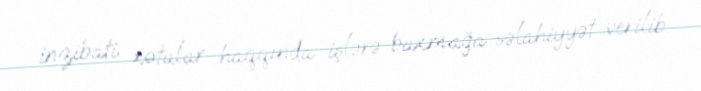
inzibati xətalar haqqında işlərə baxmağa səlahiyyət verilib.